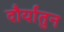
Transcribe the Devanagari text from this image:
दौर्यांतुन